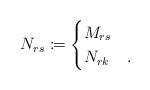
LaTeX: \begin{align*}N_{rs}\coloneqq \begin{cases}M_{rs}&\\N_{rk}&.\end{cases}\end{align*}